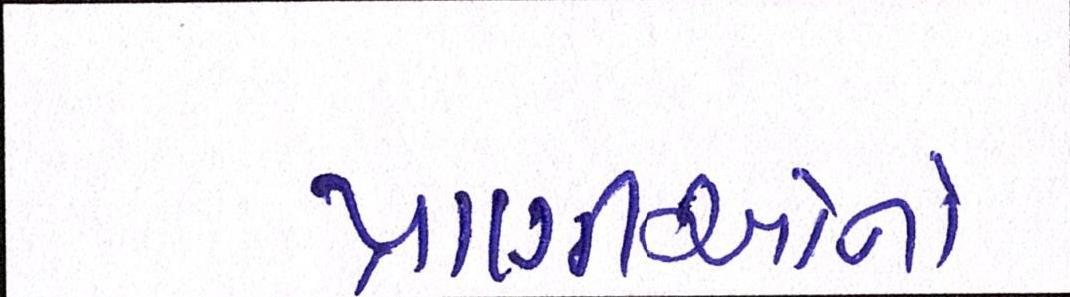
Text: પ્રાણીઓનો